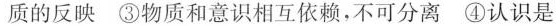
质的反映③物质和意识相互依赖，不可分离④认识是